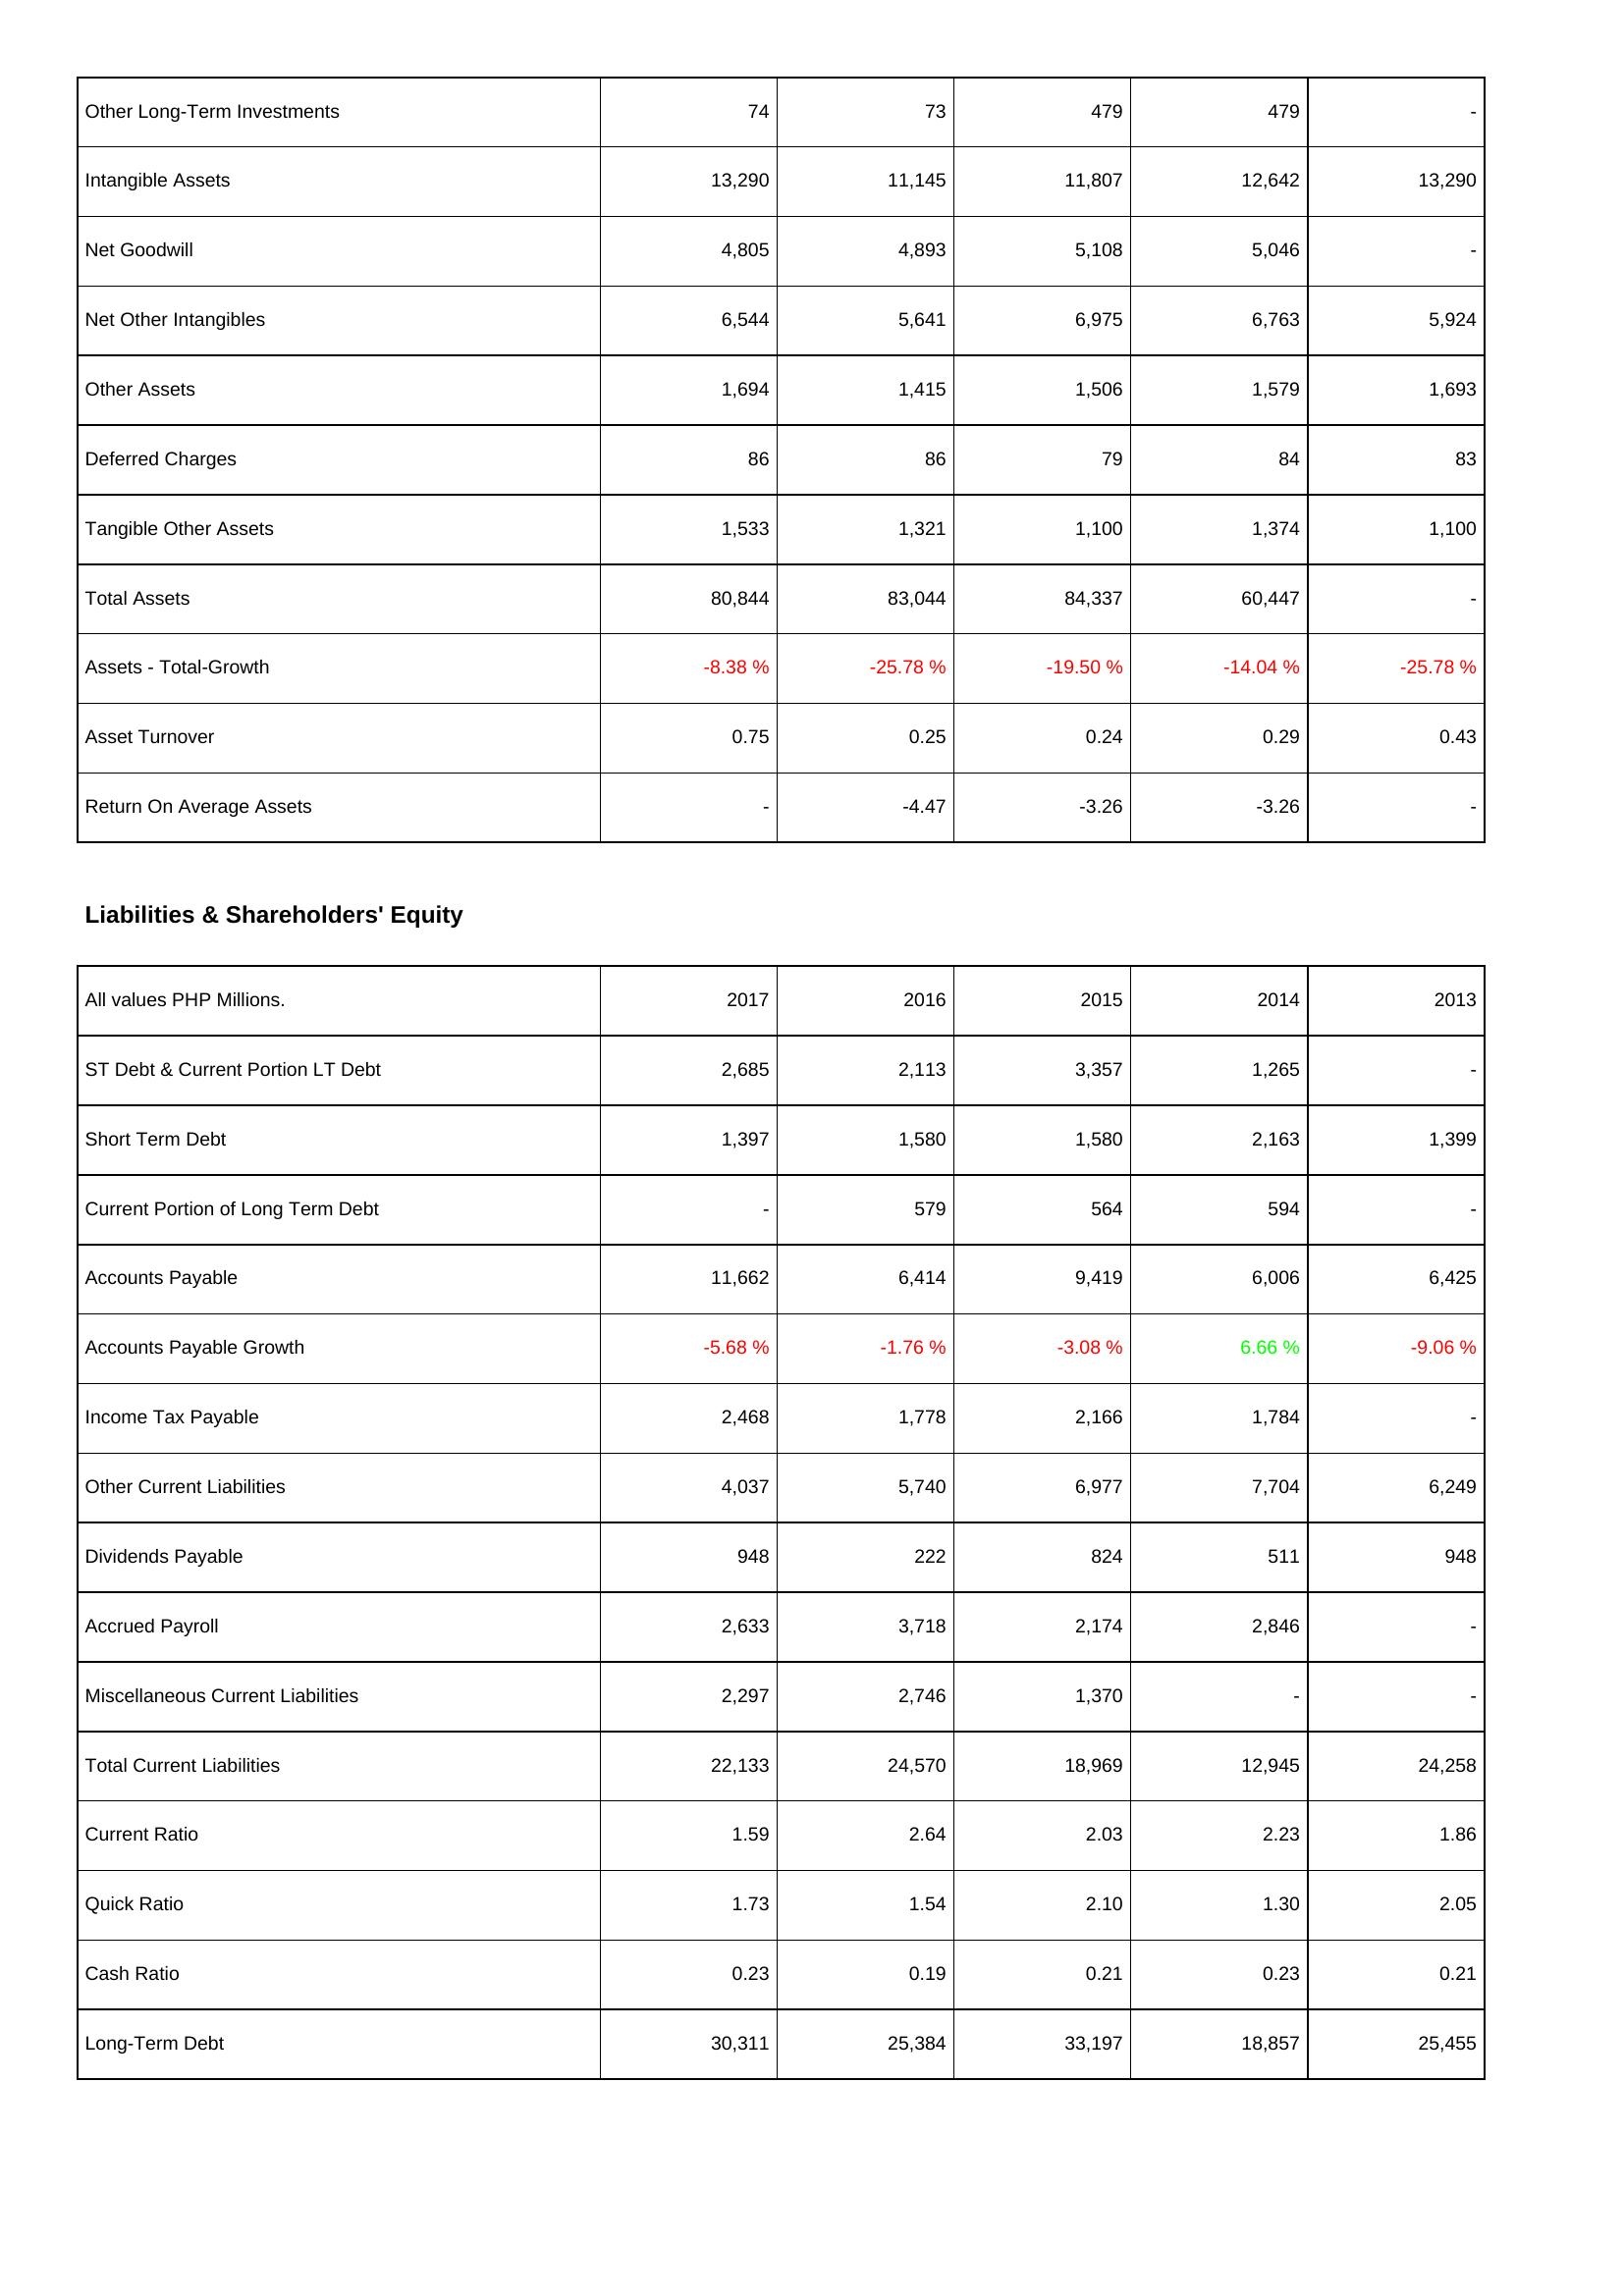
2017: Assets: Other Long-Term Investments: 74
Intangible Assets: 13,290
Net Goodwill: 4,805
Net Other Intangibles: 6,544
Other Assets: 1,694
Deferred Charges: 86
Tangible Other Assets: 1,533
Total Assets: 80,844
Assets - Total-Growth: -8.38 %
Asset Turnover: 0.75
Return On Average Assets: -
Liabilities & Shareholders' Equity: ST Debt & Current Portion LT Debt: 2,685
Short Term Debt: 1,397
Current Portion of Long Term Debt: -
Accounts Payable: 11,662
Accounts Payable Growth: -5.68 %
Income Tax Payable: 2,468
Other Current Liabilities: 4,037
Dividends Payable: 948
Accrued Payroll: 2,633
Miscellaneous Current Liabilities: 2,297
Total Current Liabilities: 22,133
Current Ratio: 1.59
Quick Ratio: 1.73
Cash Ratio: 0.23
Long-Term Debt: 30,311
2016: Assets: Other Long-Term Investments: 73
Intangible Assets: 11,145
Net Goodwill: 4,893
Net Other Intangibles: 5,641
Other Assets: 1,415
Deferred Charges: 86
Tangible Other Assets: 1,321
Total Assets: 83,044
Assets - Total-Growth: -25.78 %
Asset Turnover: 0.25
Return On Average Assets: -4.47
Liabilities & Shareholders' Equity: ST Debt & Current Portion LT Debt: 2,113
Short Term Debt: 1,580
Current Portion of Long Term Debt: 579
Accounts Payable: 6,414
Accounts Payable Growth: -1.76 %
Income Tax Payable: 1,778
Other Current Liabilities: 5,740
Dividends Payable: 222
Accrued Payroll: 3,718
Miscellaneous Current Liabilities: 2,746
Total Current Liabilities: 24,570
Current Ratio: 2.64
Quick Ratio: 1.54
Cash Ratio: 0.19
Long-Term Debt: 25,384
2015: Assets: Other Long-Term Investments: 479
Intangible Assets: 11,807
Net Goodwill: 5,108
Net Other Intangibles: 6,975
Other Assets: 1,506
Deferred Charges: 79
Tangible Other Assets: 1,100
Total Assets: 84,337
Assets - Total-Growth: -19.50 %
Asset Turnover: 0.24
Return On Average Assets: -3.26
Liabilities & Shareholders' Equity: ST Debt & Current Portion LT Debt: 3,357
Short Term Debt: 1,580
Current Portion of Long Term Debt: 564
Accounts Payable: 9,419
Accounts Payable Growth: -3.08 %
Income Tax Payable: 2,166
Other Current Liabilities: 6,977
Dividends Payable: 824
Accrued Payroll: 2,174
Miscellaneous Current Liabilities: 1,370
Total Current Liabilities: 18,969
Current Ratio: 2.03
Quick Ratio: 2.10
Cash Ratio: 0.21
Long-Term Debt: 33,197
2014: Assets: Other Long-Term Investments: 479
Intangible Assets: 12,642
Net Goodwill: 5,046
Net Other Intangibles: 6,763
Other Assets: 1,579
Deferred Charges: 84
Tangible Other Assets: 1,374
Total Assets: 60,447
Assets - Total-Growth: -14.04 %
Asset Turnover: 0.29
Return On Average Assets: -3.26
Liabilities & Shareholders' Equity: ST Debt & Current Portion LT Debt: 1,265
Short Term Debt: 2,163
Current Portion of Long Term Debt: 594
Accounts Payable: 6,006
Accounts Payable Growth: 6.66 %
Income Tax Payable: 1,784
Other Current Liabilities: 7,704
Dividends Payable: 511
Accrued Payroll: 2,846
Miscellaneous Current Liabilities: -
Total Current Liabilities: 12,945
Current Ratio: 2.23
Quick Ratio: 1.30
Cash Ratio: 0.23
Long-Term Debt: 18,857
2013: Assets: Other Long-Term Investments: -
Intangible Assets: 13,290
Net Goodwill: -
Net Other Intangibles: 5,924
Other Assets: 1,693
Deferred Charges: 83
Tangible Other Assets: 1,100
Total Assets: -
Assets - Total-Growth: -25.78 %
Asset Turnover: 0.43
Return On Average Assets: -
Liabilities & Shareholders' Equity: ST Debt & Current Portion LT Debt: -
Short Term Debt: 1,399
Current Portion of Long Term Debt: -
Accounts Payable: 6,425
Accounts Payable Growth: -9.06 %
Income Tax Payable: -
Other Current Liabilities: 6,249
Dividends Payable: 948
Accrued Payroll: -
Miscellaneous Current Liabilities: -
Total Current Liabilities: 24,258
Current Ratio: 1.86
Quick Ratio: 2.05
Cash Ratio: 0.21
Long-Term Debt: 25,455